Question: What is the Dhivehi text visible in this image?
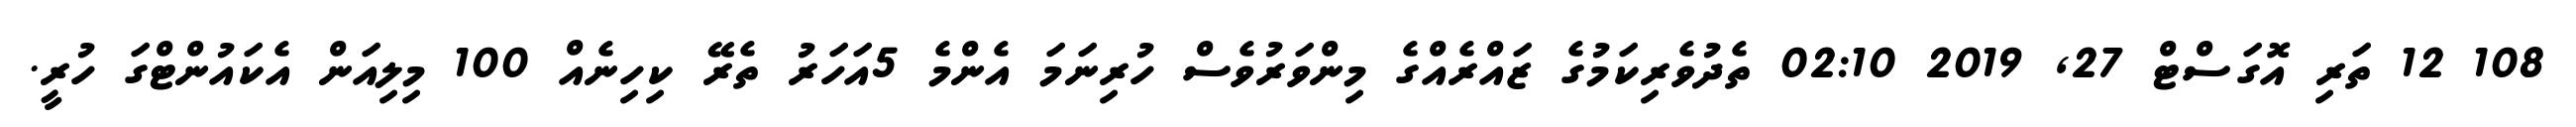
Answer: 108 12 ތަރި އޮގަސްޓް 27, 2019 02:10 ތެދުވެރިކަމުގެ ޒައްރެއްގެ މިންވަރުވެސް ހުރިނަމަ އެންމެ 5އަހަރު ތެރޭ ކިހިނެއް 100 މިލިއަން އެކައުންޓްގަ ހުރީ.